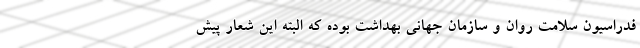
فدراسیون سلامت روان و سازمان جهانی بهداشت بوده که البته این شعار پیش